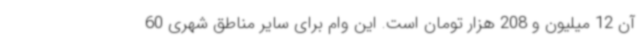
آن 12 میلیون و 208 هزار تومان است. این وام برای سایر مناطق شهری 60